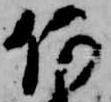
何